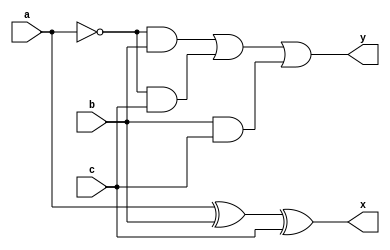
module fsg(a,b,c,x,y);
input a,b,c;
output x,y;
wire w1,w2,w3,w4;
xor x1(x,a,b,c);
not n1(w1,a);
and a1(w2,w1,b);
and a2(w3,w1,c);
and a3(w4,b,c);
or r1(y,w2,w3,w4);
endmodule